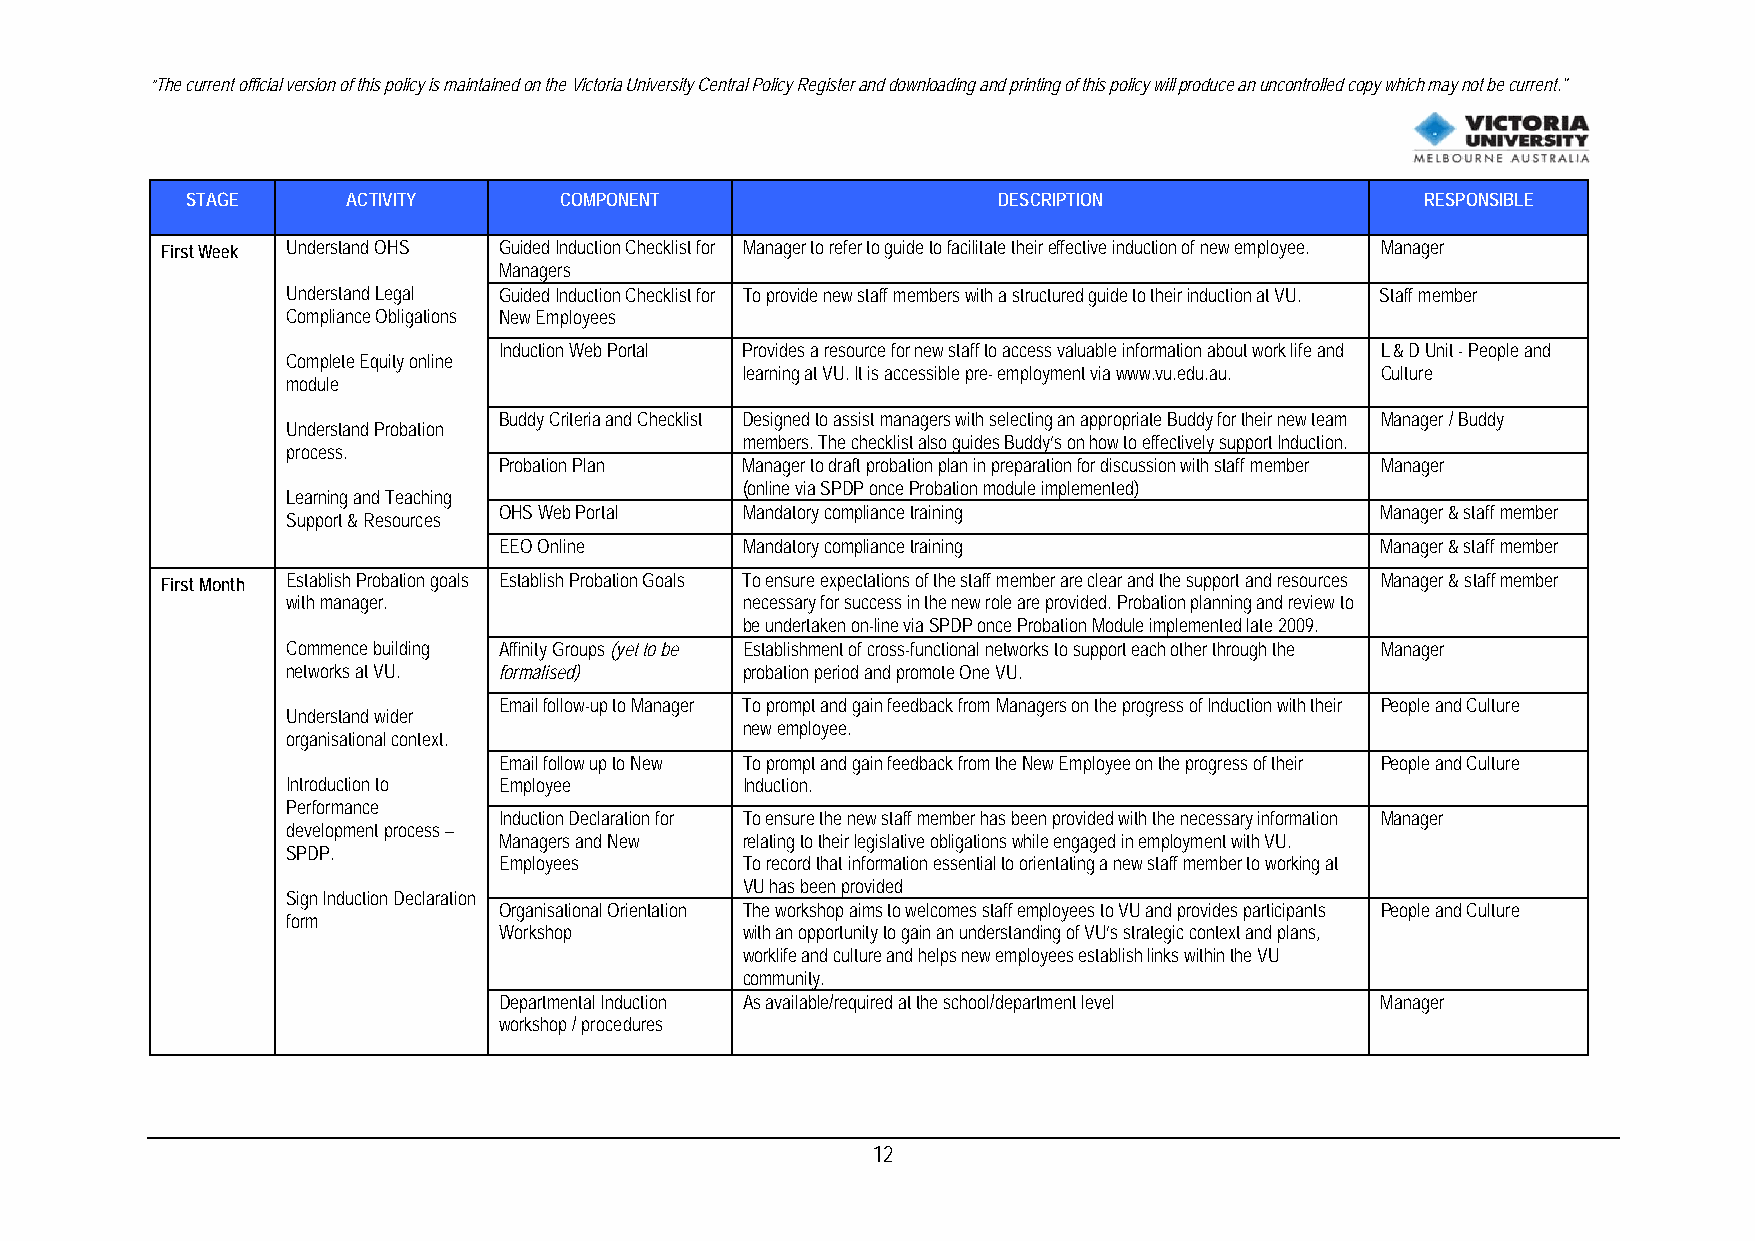
“The current official version of this policy is maintained on the Victoria University Central Policy Register and downloading and printing of this policy will produce an uncontrolled copy which may not be current."
 STAGE      ACTIVITY      COMPONENT                    DESCRIPTION                 RESPONSIBLE
 First Week Understand OHS Guided Induction Checklist for Manager to refer to guide to facilitate their effective induction of new employee. Manager
 Managers
 Understand Legal Guided Induction Checklist for To provide new staff members with a structured guide to their induction at VU. Staff member
 Compliance Obligations New Employees
 Induction Web Portal Provides a resource for new staff to access valuable information about work life and L & D Unit - People and
 Complete Equity online
 learning at VU. It is accessible pre- employment via www.vu.edu.au. Culture
 module
 Buddy Criteria and Checklist Designed to assist managers with selecting an appropriate Buddy for their new team Manager / Buddy
 Understand Probation
 members. The checklist also guides Buddy’s on how to effectively support Induction.
 process.
 Probation Plan  Manager to draft probation plan in preparation for discussion with staff member Manager
 (online via SPDP once Probation module implemented)
 Learning and Teaching
 OHS Web Portal  Mandatory compliance training             Manager & staff member
 Support & Resources
 EEO Online      Mandatory compliance training             Manager & staff member
 First Month Establish Probation goals Establish Probation Goals To ensure expectations of the staff member are clear and the support and resources Manager & staff member
 with manager.                 necessary for success in the new role are provided. Probation planning and review to
 be undertaken on-line via SPDP once Probation Module implemented late 2009.
 Commence building Affinity Groups (yet to be Establishment of cross-functional networks to support each other through the Manager
 networks at VU. formalised)   probation period and promote One VU.
 Email follow-up to Manager To prompt and gain feedback from Managers on the progress of Induction with their People and Culture
 Understand wider
 new employee.
 organisational context.
 Email follow up to New To prompt and gain feedback from the New Employee on the progress of their People and Culture
 Introduction to Employee      Induction.
 Performance
 Induction Declaration for To ensure the new staff member has been provided with the necessary information Manager
 development process –
 Managers and New relating to their legislative obligations while engaged in employment with VU.
 SPDP.
 Employees       To record that information essential to orientating a new staff member to working at
 VU has been provided
 Sign Induction Declaration
 Organisational Orientation The workshop aims to welcomes staff employees to VU and provides participants People and Culture
 form
 Workshop        with an opportunity to gain an understanding of VU’s strategic context and plans,
 worklife and culture and helps new employees establish links within the VU
 community.
 Departmental Induction As available/required at the school/department level Manager
 workshop / procedures
 12